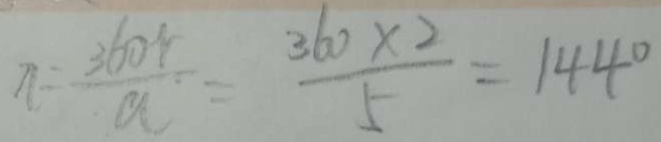
\pi = \frac { 3 6 0 r } { a } = \frac { 3 6 0 \times 2 } { 5 } = 1 4 4 0